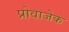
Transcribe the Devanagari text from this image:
प्रोवाजेक